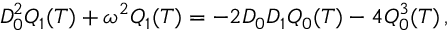
D _ { 0 } ^ { 2 } Q _ { 1 } ( T ) + \omega ^ { 2 } Q _ { 1 } ( T ) = - 2 D _ { 0 } D _ { 1 } Q _ { 0 } ( T ) - 4 Q _ { 0 } ^ { 3 } ( T ) \, ,